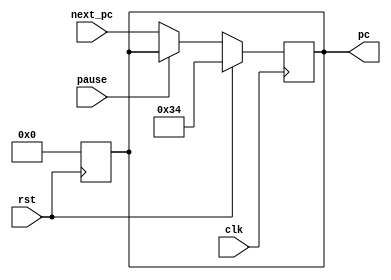
module pc(
    input rst, clk, pause,
    input [31: 0] next_pc,

    output reg [31: 0] pc
);

always @(posedge clk) begin
    if(rst) begin
        pc = 32'd52;
    end else if(pause) begin
        // 
        // 
    end else begin
        pc <= next_pc;
    end 
end

always @(posedge rst) begin
    pc = 0;
end

endmodule